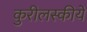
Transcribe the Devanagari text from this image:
कुरीलस्कीये